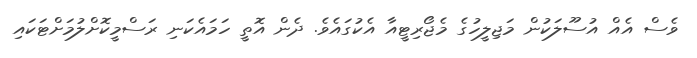
ވެސް އެއް އުސޫލަކުން މަޖިލީހުގެ މެޖޯރިޓީއާ އެކުގައެވެ. ދެން އޮތީ ހަމައެކަނި ރަސްމީކޮށްލުމަށްޓަކައި